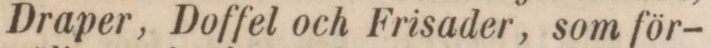
Draper, Doffel och Frisader, som för-